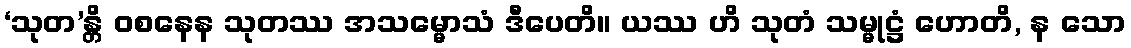
‘သုတ’န္တိ ဝစနေန သုတဿ အသမ္မောသံ ဒီပေတိ။ ယဿ ဟိ သုတံ သမ္မုဋ္ဌံ ဟောတိ, န သော